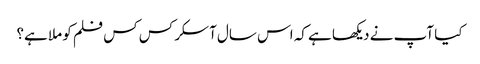
کیا آپ نے دیکھا ہے کہ اس سال آسکر کس کس فلم کو ملا ہے؟